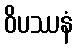
ဝိပဿနံ